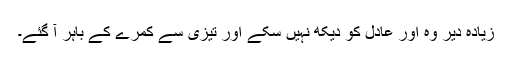
زیادہ دیر وہ اور عادل کو دیکھ نہیں سکے اور تیزی سے کمرے کے باہر آ گئے۔